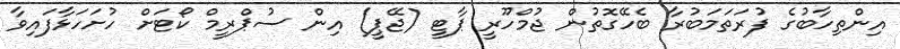
އިންތިހާބުގެ ފުރަތަމަބުރާ ބެހޭގޮތުން ޖުމްހޫރީ ޕާޓީ (ޖޭޕީ) އިން ސުޕްރީމް ކޯޓަށް ހުށަހަޅާފައިވާ